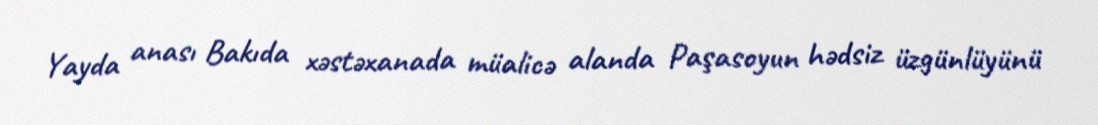
Yayda anası Bakıda xəstəxanada müalicə alanda Paşasoyun hədsiz üzgünlüyünü